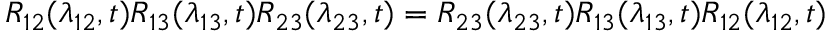
R _ { 1 2 } ( \lambda _ { 1 2 } , t ) R _ { 1 3 } ( \lambda _ { 1 3 } , t ) R _ { 2 3 } ( \lambda _ { 2 3 } , t ) = R _ { 2 3 } ( \lambda _ { 2 3 } , t ) R _ { 1 3 } ( \lambda _ { 1 3 } , t ) R _ { 1 2 } ( \lambda _ { 1 2 } , t )